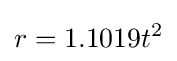
r=1.1019t^{2}